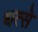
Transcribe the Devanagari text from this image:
धत्से